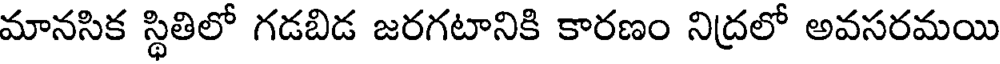
మానసిక స్థితిలో గడబిడ జరగటానికి కారణం నిద్రలో అవసరమయి